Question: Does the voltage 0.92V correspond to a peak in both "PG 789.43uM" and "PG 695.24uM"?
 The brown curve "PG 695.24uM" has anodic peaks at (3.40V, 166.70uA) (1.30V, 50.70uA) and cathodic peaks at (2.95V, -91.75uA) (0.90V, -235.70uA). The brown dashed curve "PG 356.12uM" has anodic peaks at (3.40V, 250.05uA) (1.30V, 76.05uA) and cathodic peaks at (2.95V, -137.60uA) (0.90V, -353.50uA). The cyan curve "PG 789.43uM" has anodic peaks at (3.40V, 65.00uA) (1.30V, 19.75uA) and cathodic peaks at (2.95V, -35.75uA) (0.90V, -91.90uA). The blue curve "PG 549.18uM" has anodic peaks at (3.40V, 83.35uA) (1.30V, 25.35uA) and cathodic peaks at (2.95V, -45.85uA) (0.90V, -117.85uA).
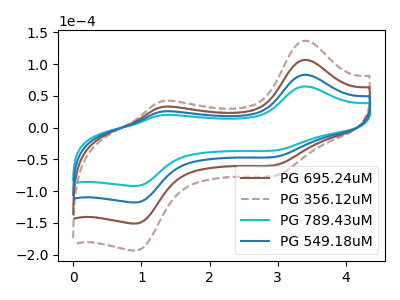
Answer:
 <answer>Yes, "PG 789.43uM" and "PG 695.24uM" share a peak at 0.92V.</answer>
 <eval>match</eval>